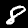
Digit: 8